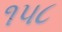
૧૫૮